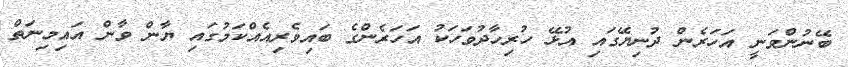
ބޭނުންވަނީ އަހަރެން ދުނިޔޭގައި އުޅޭ ހުރިހާދުވަހަކު އަހަރެންގެ ބައިވެރިއެއްކަމުގައި ޔާން ވާން އައިމިނަތް